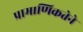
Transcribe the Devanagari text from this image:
प्रामाणिकतेने